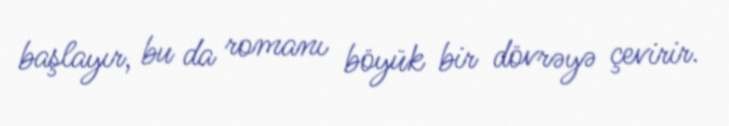
başlayır, bu da romanı böyük bir dövrəyə çevirir.